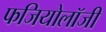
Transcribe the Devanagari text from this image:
फजियोलॉजी